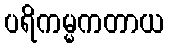
ပရိကမ္မကတာယ